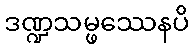
ဒဏ္ဍသမ္ဖဿေနပိ